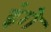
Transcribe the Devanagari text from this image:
इंगे